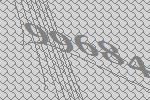
99684